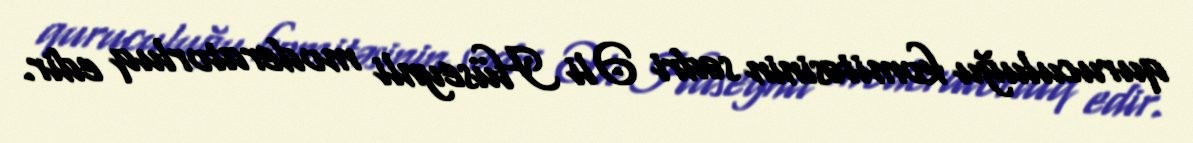
quruculuğu komitəsinin sədri Əli Hüseynli moderatorluq edir.